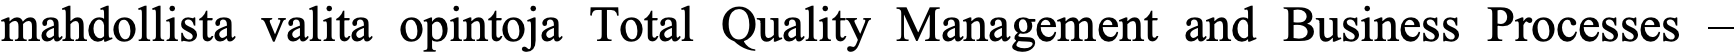
mahdollista valita opintoja Total Quality Management and Business Processes –